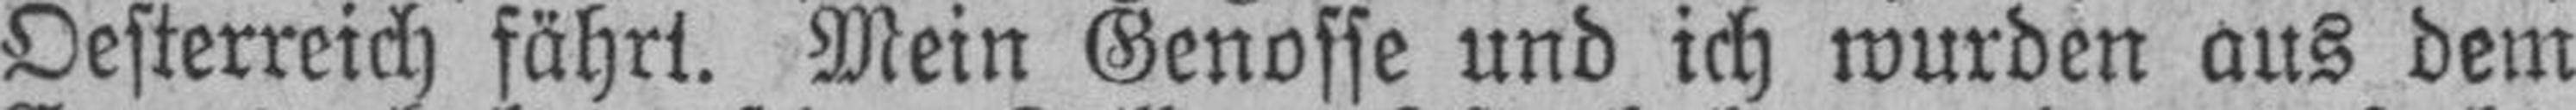
Oesterreich fährt. Mein Genosse und ich wurden aus dem